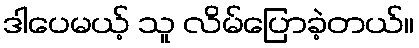
ဒါပေမယ့် သူ လိမ်ပြောခဲ့တယ်။